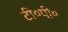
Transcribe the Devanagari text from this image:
टी०पी०